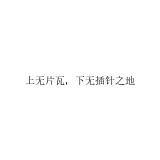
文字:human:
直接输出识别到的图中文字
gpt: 上无片瓦，下无插针之地